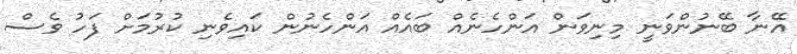
އޭނާ ބޭނުންވަނީ މިނިވަން އަންހެނެއް ބައެއް އަންހެނުން ކައިވެނި ކުރުމަށް ފަހު ވެސް